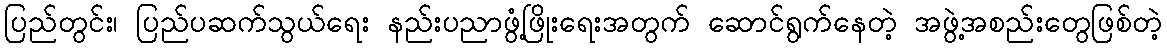
ပြည်တွင်း၊ ပြည်ပဆက်သွယ်ရေး နည်းပညာဖွံ့ဖြိုးရေးအတွက် ဆောင်ရွက်နေတဲ့ အဖွဲ့အစည်းတွေဖြစ်တဲ့